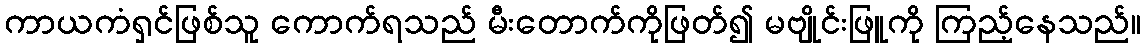
ကာယကံရှင်ဖြစ်သူ ကောက်ရသည် မီးတောက်ကိုဖြတ်၍ မဗျိုင်းဖြူကို ကြည့်နေသည်။